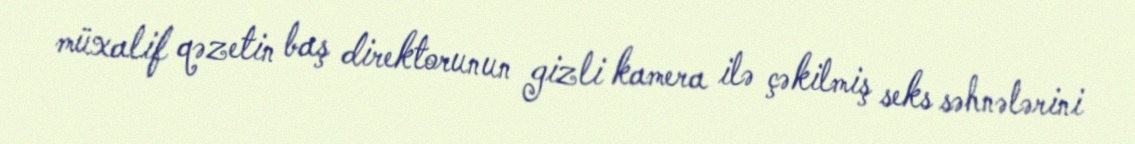
müxalif qəzetin baş direktorunun gizli kamera ilə çəkilmiş seks səhnələrini